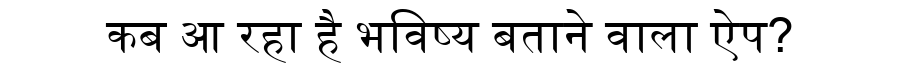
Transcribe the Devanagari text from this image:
कब आ रहा है भविष्य बताने वाला ऐप?